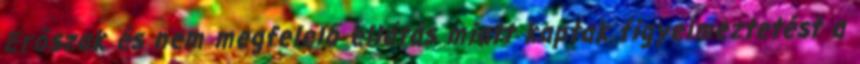
Erőszak és nem megfelelő ellátás miatt kaptak figyelmeztetést a